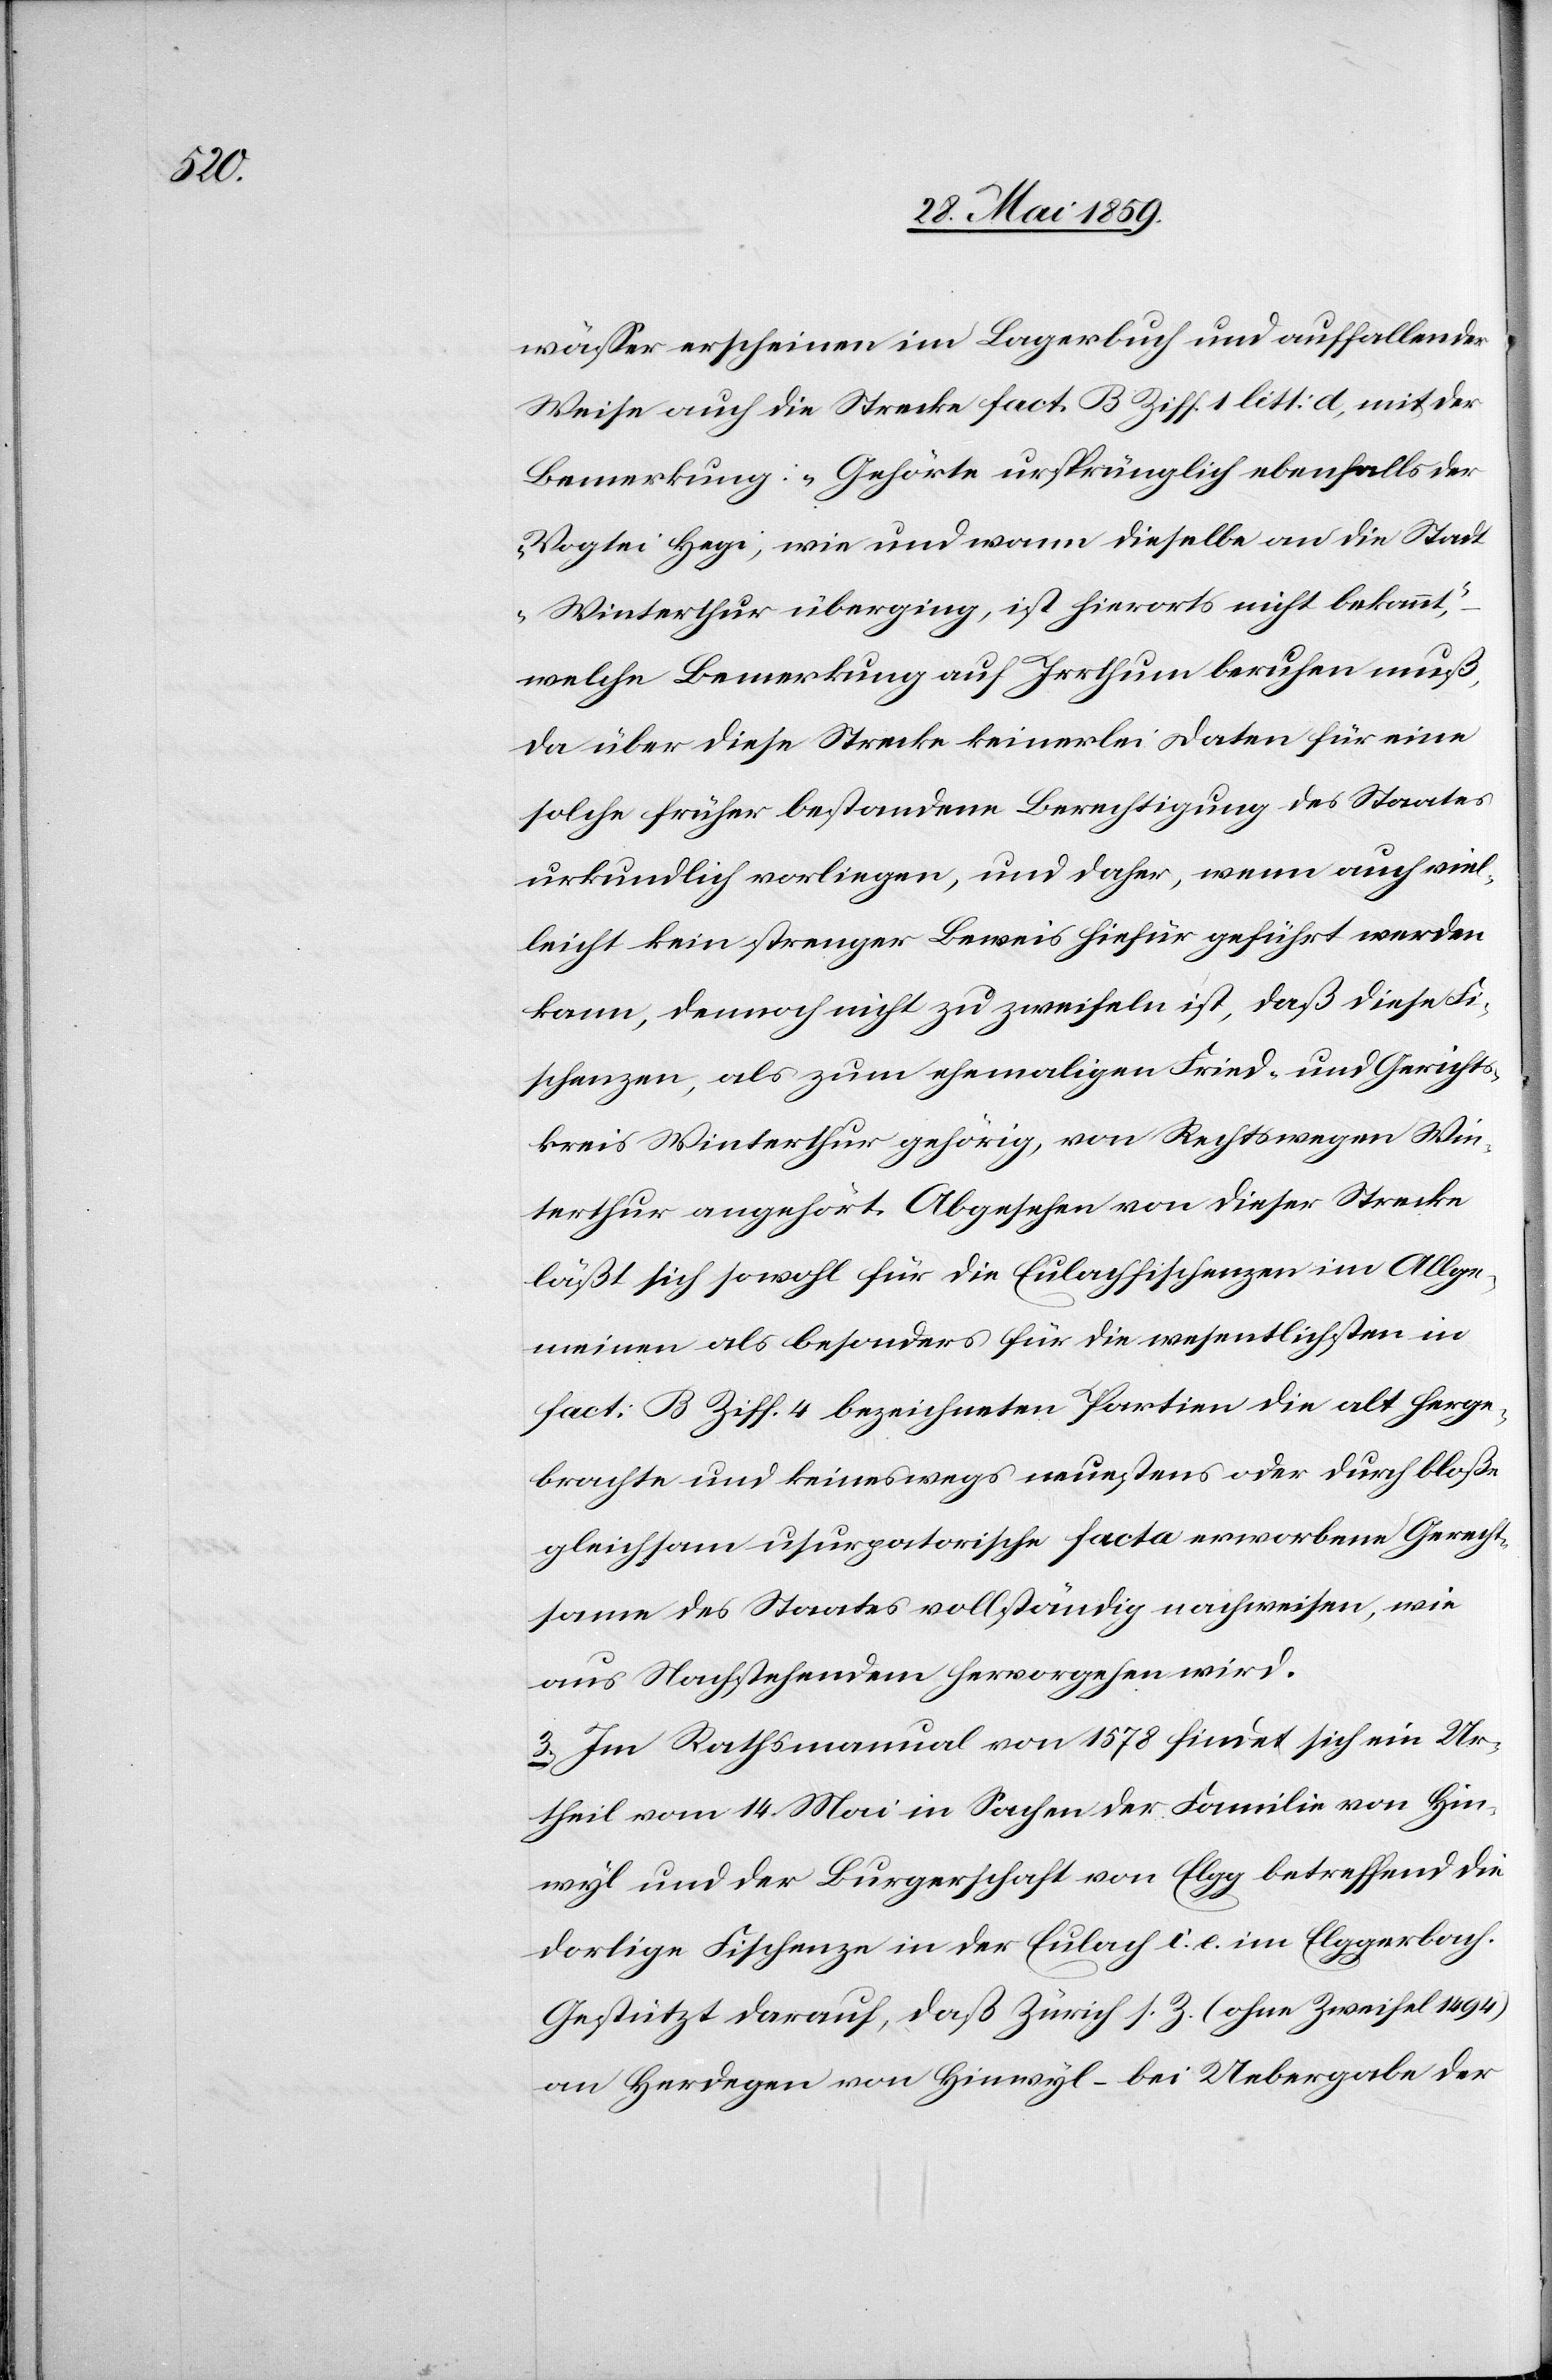
wässer erscheinen im Lagerbuch und auffallender
Weise auch die Strecke fact. B Ziff. 1 litt: a, mit der
Bemerkung: „Gehörte ursprünglich ebenfalls der
Vogtei Hegi; wie und wann dieselbe an die Stadt
Winterthur überging, ist hierorts nicht bekannt,“
welche Bemerkung auf Irrthum beruhen muß,
da über diese Strecke keinerlei Daten für eine
solche früher bestandene Berechtigung des Staates
urkundlich vorliegen, und daher, wenn auch viel¬
leicht kein strenger Beweis hiefür geführt werden
kann, dennoch nicht zu zweifeln ist, daß diese Fi¬
schenzen, als zum ehemaligen Fried- und Gerichts¬
kreis Winterthur gehörig, von Rechtswegen Win¬
terthur angehört. Abgesehen von dieser Strecke
läßt sich sowohl für die Eulachfischenzen im Allge¬
meinen als besonders für die wesentlichsten in
fact: B Ziff. 4 bezeichneten Partien die alt herge¬
brachte und keineswegs neuestens oder durch bloße
gleichsam usurpotorische facta erworbene Gerech¬
tsame des Staates vollständig nachweisen, wie
aus Nachstehendem hervorgehen wird.
3) Im Rathsmanual von 1578 findet sich ein Ur¬
theil vom 14. Mai in Sachen der Familie von Hin¬
wyl und der Burgerschaft von Elgg betreffend die
dortige Fischenze in der Eulach i. e. im Elggerbach.
Gestützt darauf, daß Zürich s. Z. (ohne Zweifel 1494)
an Herdegen von Hinwyl – bei Uebergabe der